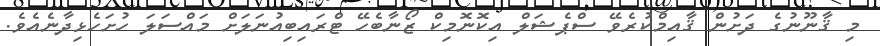
މި ޤާނޫނުގެ ދަށުން ޤާއިމްކުރެވޭ ސްޕެޝަލް އިކޮނޮމިކް ޒޯނާބެހޭ ޓްރައިބިއުނަލަށް މައްސަލަ ހުށަހެޅިދާނެއެވެ.